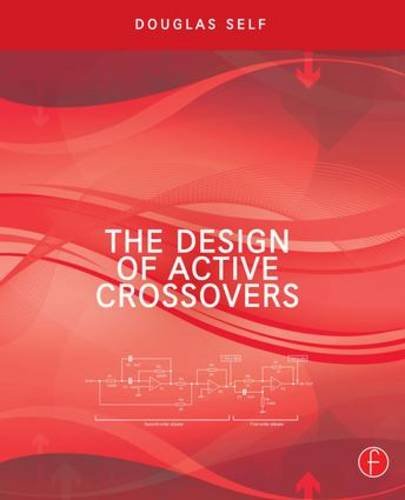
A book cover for The Design of Active Crossovers; Douglas Self; Arts & Photography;